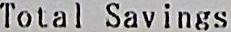
TOTAL SAVINGS